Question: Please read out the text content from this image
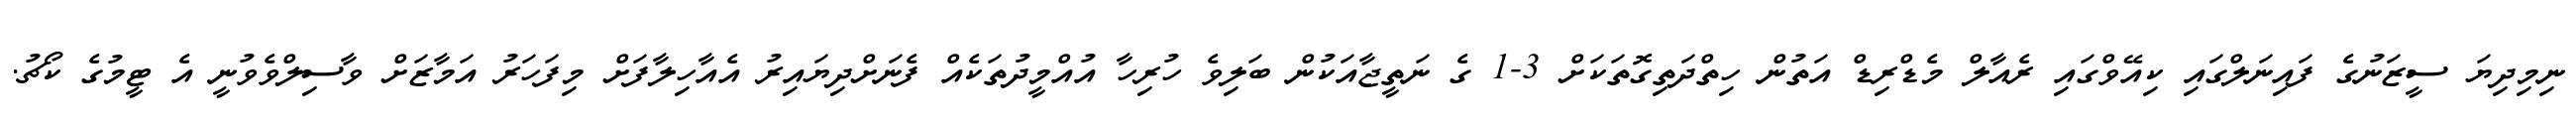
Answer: ނިމިދިޔަ ސީޒަނުގެ ފައިނަލްގައި ކިއޭވްގައި ރެއާލް މެޑްރިޑް އަތުން ހިތްދަތިގޮތަކަށް 3-1 ގެ ނަތީޖާއަކުން ބަލިވެ ހުރިހާ އުއްމީދުތަކެއް ފެނަށްދިޔައިރު އެއާހިލާފަށް މިފަހަރު އަމާޒަށް ވާސިލްވެވުނީ އެ ޓީމުގެ ކޯޗު.